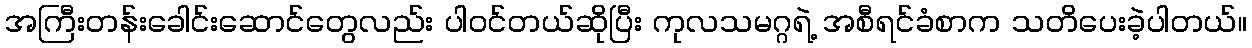
အကြီးတန်းခေါင်းဆောင်တွေလည်း ပါဝင်တယ်ဆိုပြီး ကုလသမဂ္ဂရဲ့ အစီရင်ခံစာက သတိပေးခဲ့ပါတယ်။